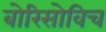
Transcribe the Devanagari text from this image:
बोरिसोविच